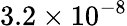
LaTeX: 3.2\times 10^{-8}